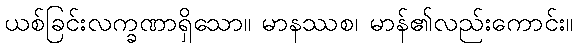
ယစ်ခြင်းလက္ခဏာရှိသော။ မာနဿစ၊ မာန်၏လည်းကောင်း။